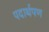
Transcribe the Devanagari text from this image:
पदार्थपण